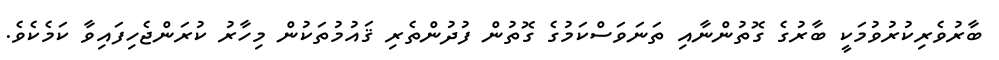
ބާރުވެރިކުރުވުމަކީ ބާރުގެ ގޮތުންނާއި ތަނަވަސްކަމުގެ ގޮތުން ފުދުންތެރި ޤައުމުތަކުން މިހާރު ކުރަންޖެހިފައިވާ ކަމެކެވެ.